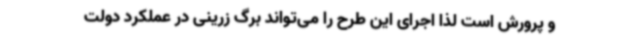
و پرورش است لذا اجرای این طرح را می‌تواند برگ زرینی در عملکرد دولت